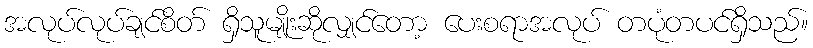
အလုပ်လုပ်ချင်စိတ် ရှိသူမျိုးဆိုလျှင်တော့ ပေးစရာအလုပ် တပုံတပင်ရှိသည်။